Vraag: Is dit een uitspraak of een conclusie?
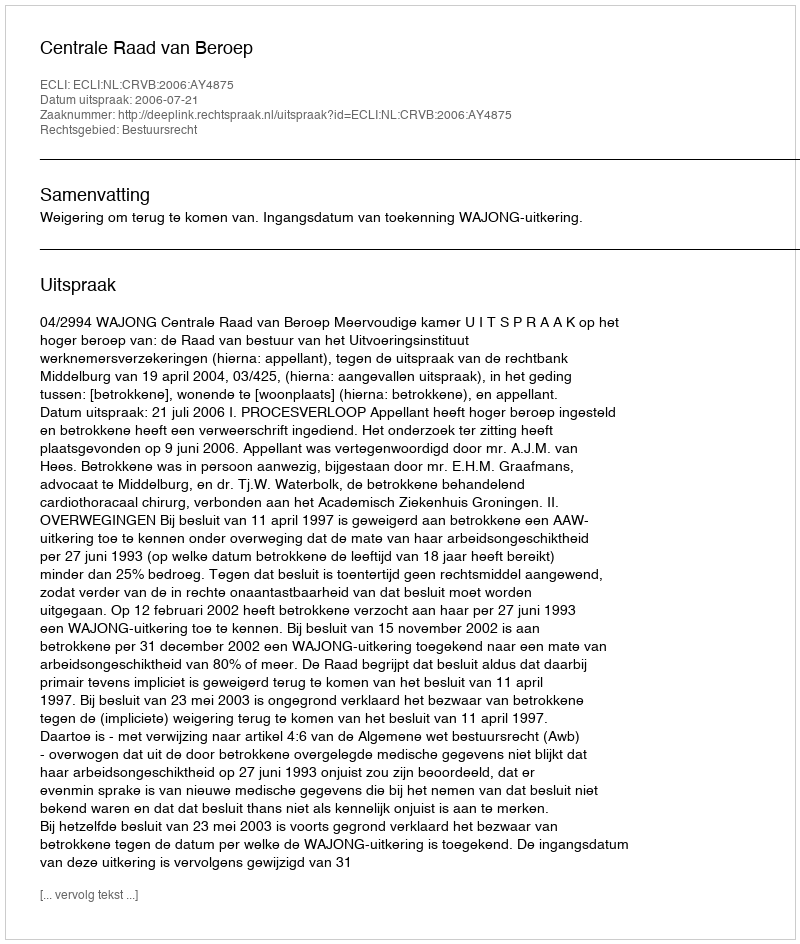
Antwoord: Uitspraak